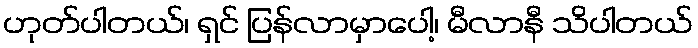
ဟုတ်ပါတယ်၊ ရှင် ပြန်လာမှာပေါ့၊ မီလာနီ သိပါတယ်